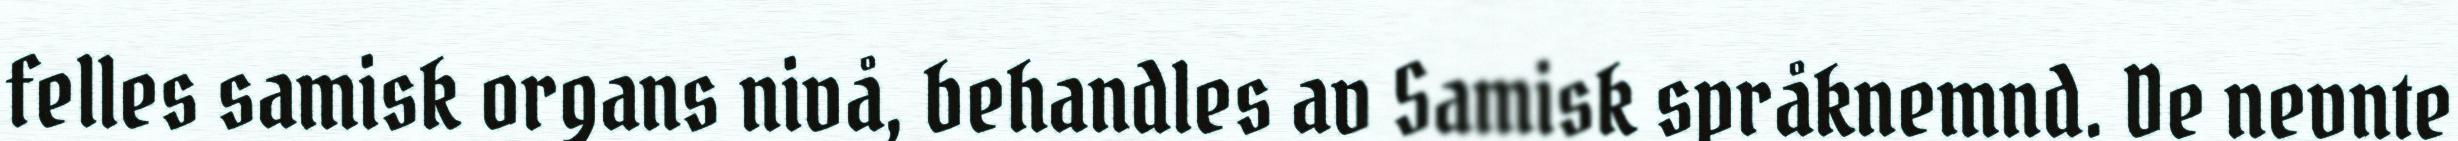
felles samisk organs nivå, behandles av Samisk språknemnd. De nevnte